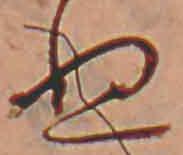
ぬ